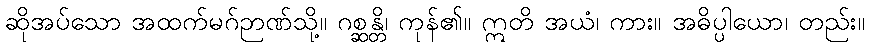
ဆိုအပ်သော အထက်မဂ်ဉာဏ်သို့။ ဂစ္ဆန္တိ၊ ကုန်၏။ ဣတိ အယံ၊ ကား။ အဓိပ္ပါယော၊ တည်း။